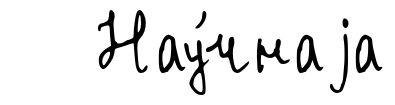
Нау́чнаjа